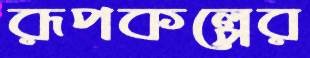
রূপকল্পের